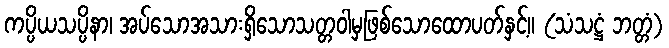
ကပ္ပိယသပ္ပိနာ၊ အပ်သောအသားရှိသောသတ္တဝါမှဖြစ်သောထောပတ်နှင့်။ (သံသဋ္ဌံ ဘတ္တံ)